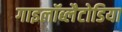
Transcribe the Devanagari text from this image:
गाइलॉब्लैटोडिया